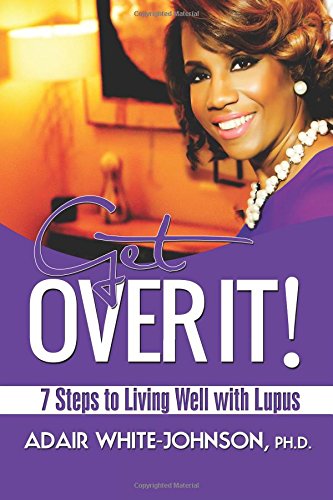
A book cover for Get Over It!  7 Steps to Living Well with Lupus; Dr. Adair Fern White-johnson; Health, Fitness & Dieting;